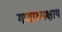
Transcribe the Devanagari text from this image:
गणाध्यक्षाय